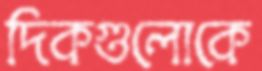
দিকগুলোকে